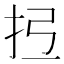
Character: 𢪕